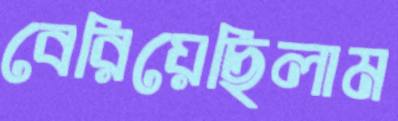
বেরিয়েছিলাম